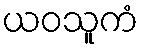
ယဝသူကံ